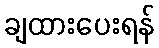
ချထားပေးရန်